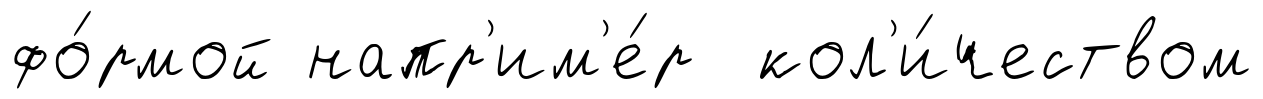
фо́рмой напр'им'е́р кол'и́чеством